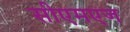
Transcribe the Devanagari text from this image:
सीएमएज